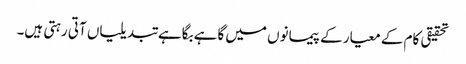
تحقیقی کام کے معیار کے پیمانوں میں گاہے بگاہے تبدیلیاں آتی رہتی ہیں۔